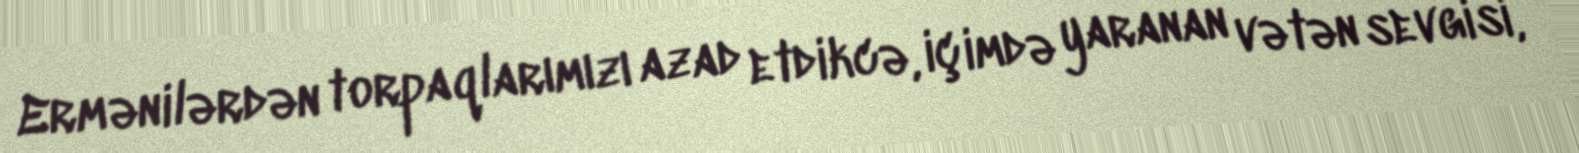
Ermənilərdən torpaqlarımızı azad etdikcə, içimdə yaranan vətən sevgisi,